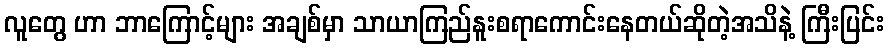
လူတွေ ဟာ ဘာကြောင့်များ အချစ်မှာ သာယာကြည်နူးစရာကောင်းနေတယ်ဆိုတဲ့အသိနဲ့ ကြီးပြင်း